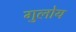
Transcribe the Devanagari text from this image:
गुलोय